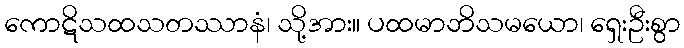
ကောဋိသထသတဿာနံ၊ သို့အား။ ပထမာဘိသမယော၊ ရှေးဦးစွာ